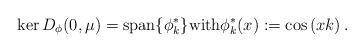
LaTeX: \begin{align*}\ker D_\phi(0,\mu)= \mbox{span} \{\phi^*_k\} \mbox{with}\phi^*_k(x):=\cos \left(xk \right).\end{align*}